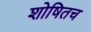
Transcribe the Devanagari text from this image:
शोषितच